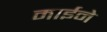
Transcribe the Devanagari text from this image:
माईने